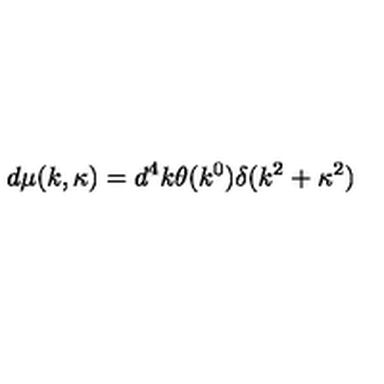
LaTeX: d \mu ( k , \kappa ) = d ^ { 4 } k \theta ( k ^ { 0 } ) \delta ( k ^ { 2 } + \kappa ^ { 2 } )